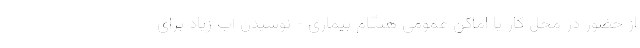
از حضور در محل کار یا اماکن عمومی هنگام بیماری - نوشیدن آب زیاد برای